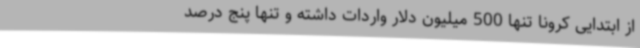
از ابتدایی کرونا تنها 500 میلیون دلار واردات داشته و تنها پنج درصد